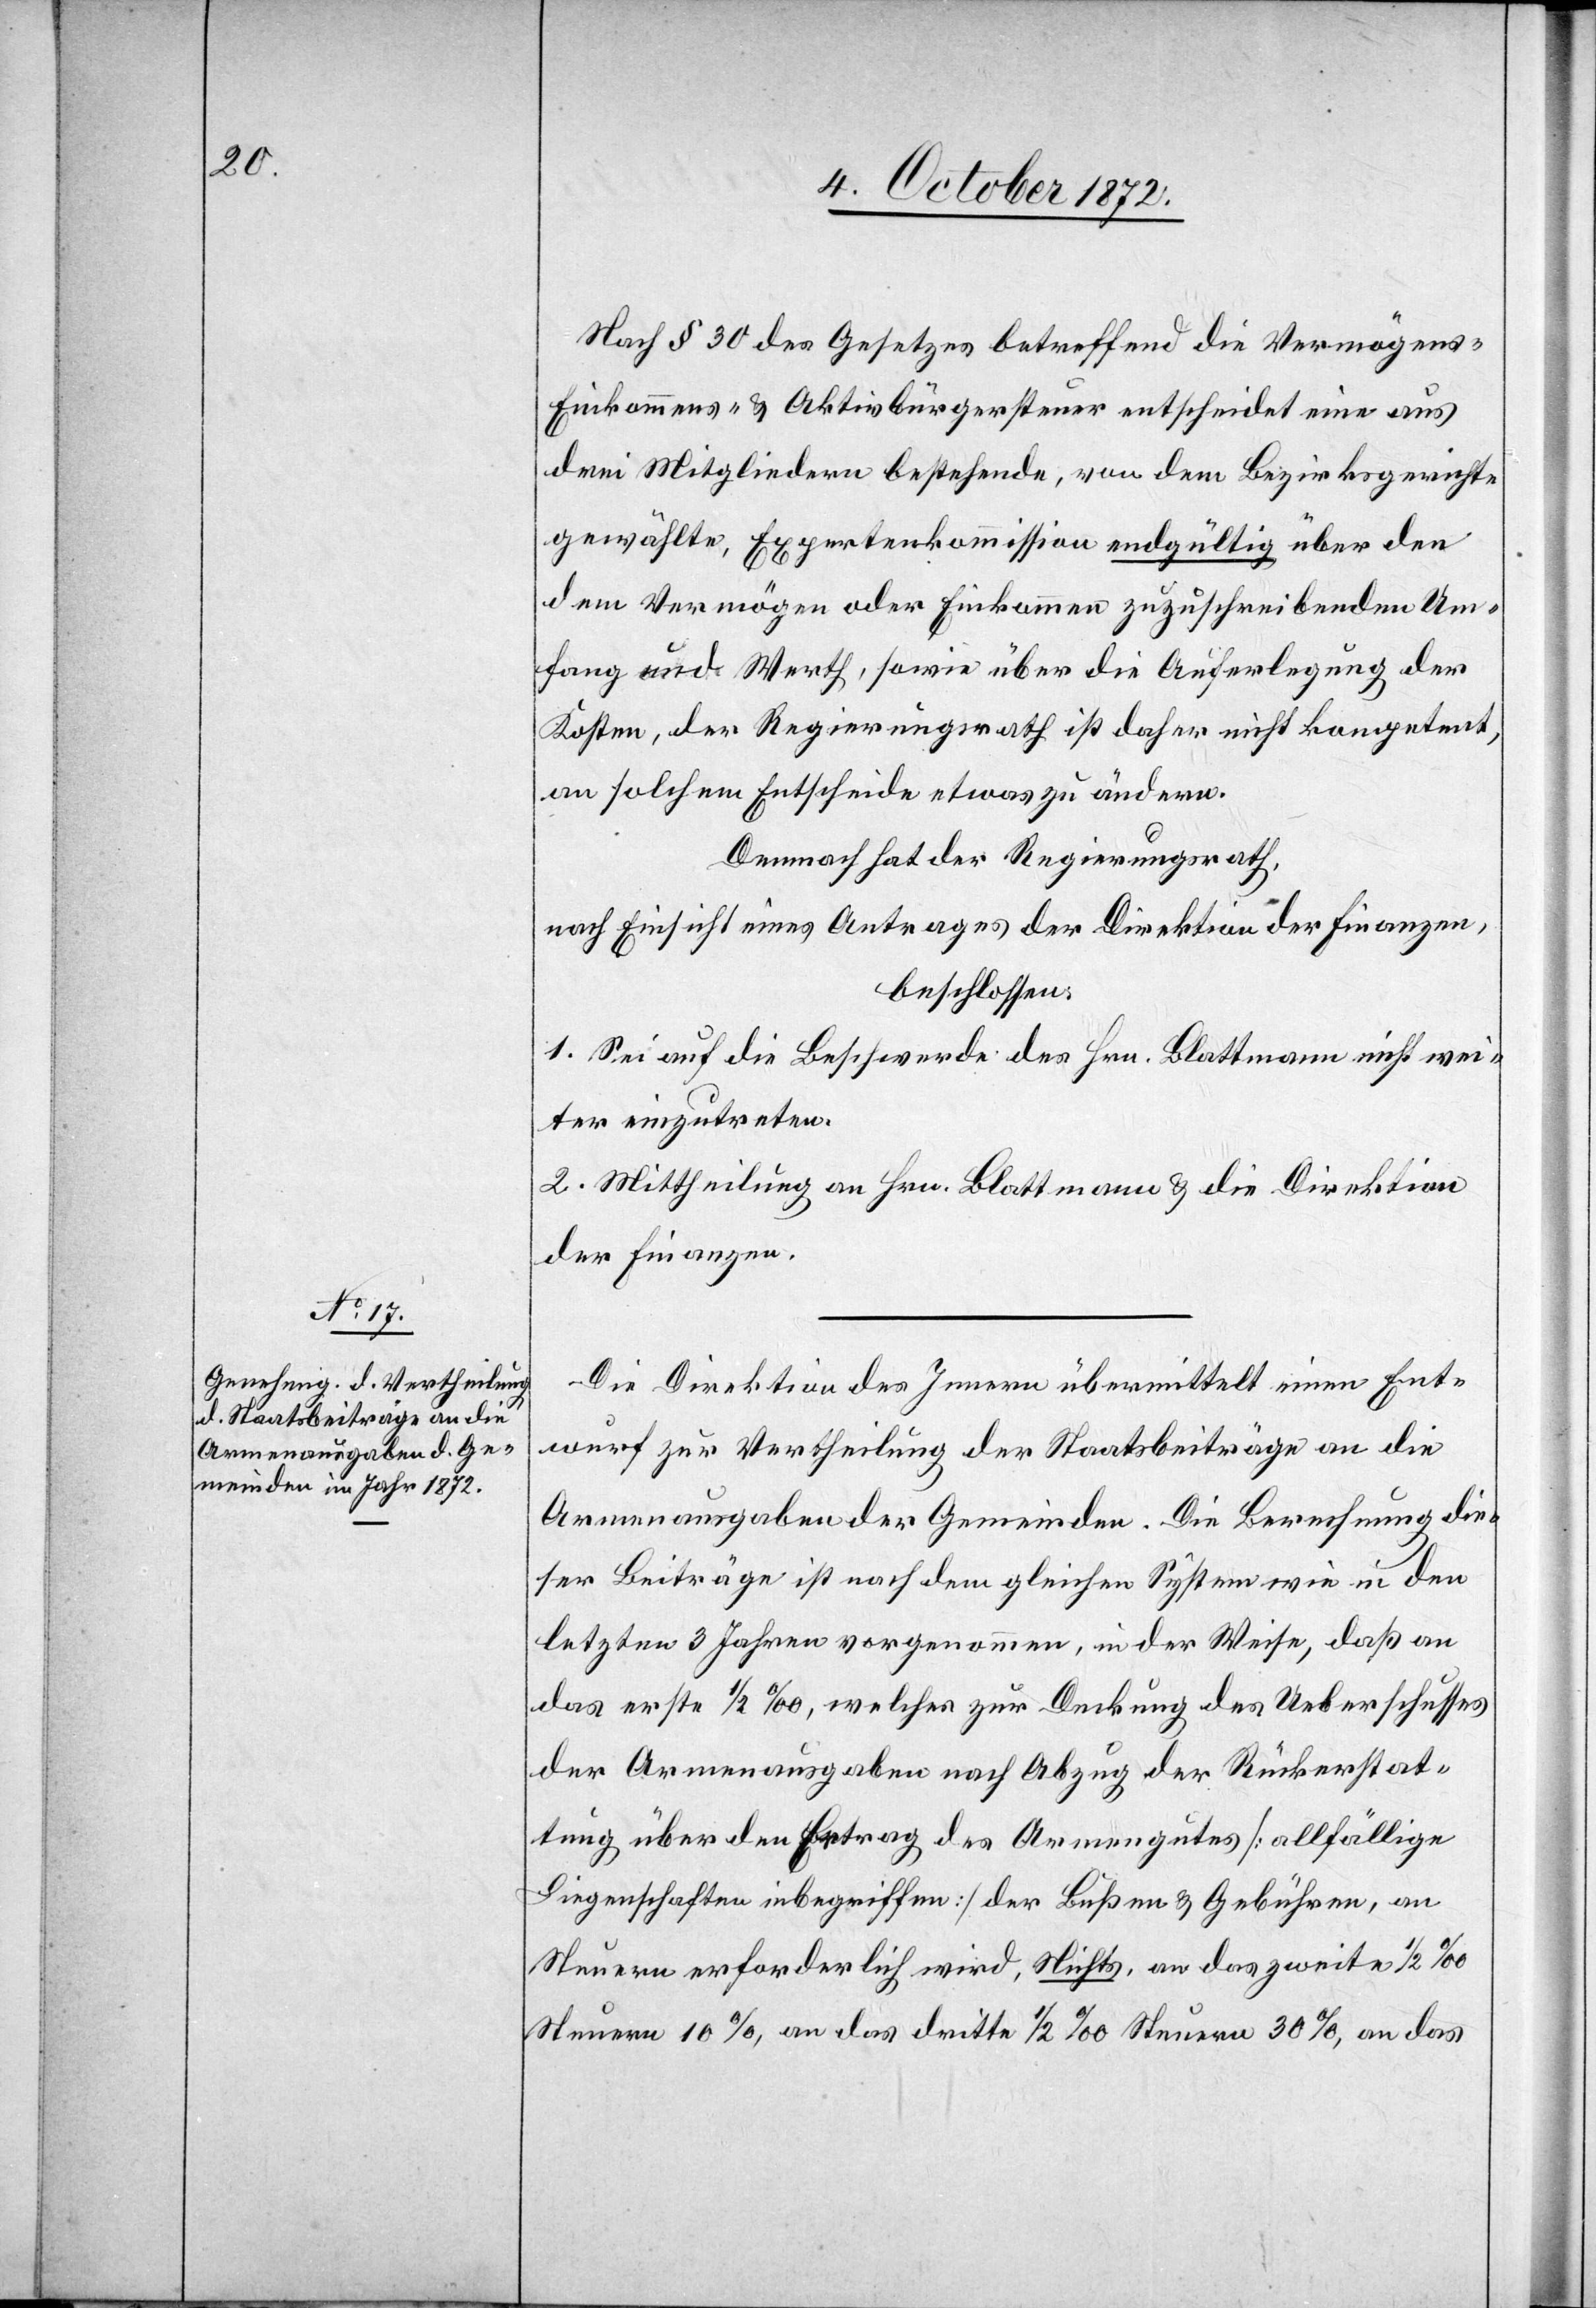
Die Direktion des Innern übermittelt einen Ent¬
wurf zur Vertheilung der Staatsbeiträge an die
Armenausgaben der Gemeinden. Die Berechnung die¬
ser Beiträge ist nach dem gleichen System wie in den
letzten 3 Jahren vorgenommen, in der Weise, daß an
das erste 1/2‰, welches zur Deckung des Ueberschusses
der Armenausgaben nach Abzug der Rückerstat¬
tung über den Ertrag des Armengutes [allfällige
Liegenschaften inbegriffen] der Bußen u. Gebühren, an
Steuern erforderlich wird, Nichts, an das zweite 1/2‰
Steuern 10%, an das dritte 1/2‰ Steuern 30%, an das